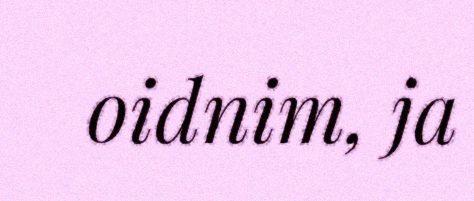
oidnim, ja